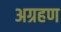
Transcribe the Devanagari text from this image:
अग्रहण